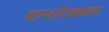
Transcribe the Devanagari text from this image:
षान्शीजवळच